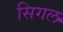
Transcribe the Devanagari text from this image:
सिगल